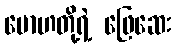
မောဟတို့ရဲ့ ဖြေဆေး